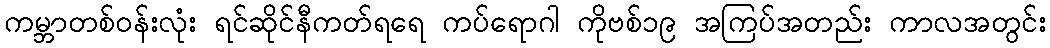
ကမ္ဘာတစ်ဝန်းလုံး ရင်ဆိုင်နီကတ်ရရေ ကပ်ရောဂါ ကိုဗစ်၁၉ အကြပ်အတည်း ကာလအတွင်း